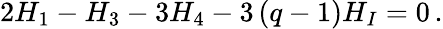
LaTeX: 2H_{1}-H_{3}-3H_{4}-3\left(q-1\right)H_{I}=0\, .